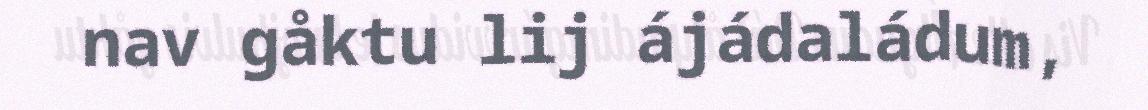
nav gåktu lij ájádaládum,